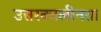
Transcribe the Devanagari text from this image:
उत्तरकालीनता